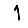
Digit: 1